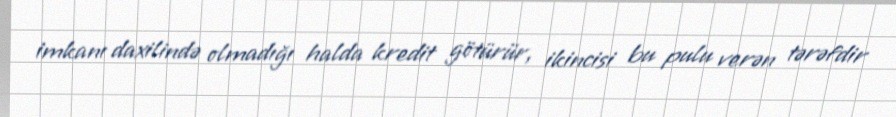
imkanı daxilində olmadığı halda kredit götürür, ikincisi bu pulu verən tərəfdir